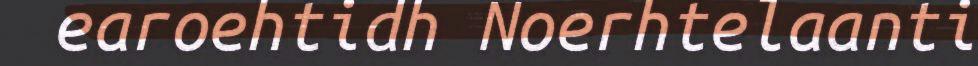
earoehtidh Noerhtelaanti